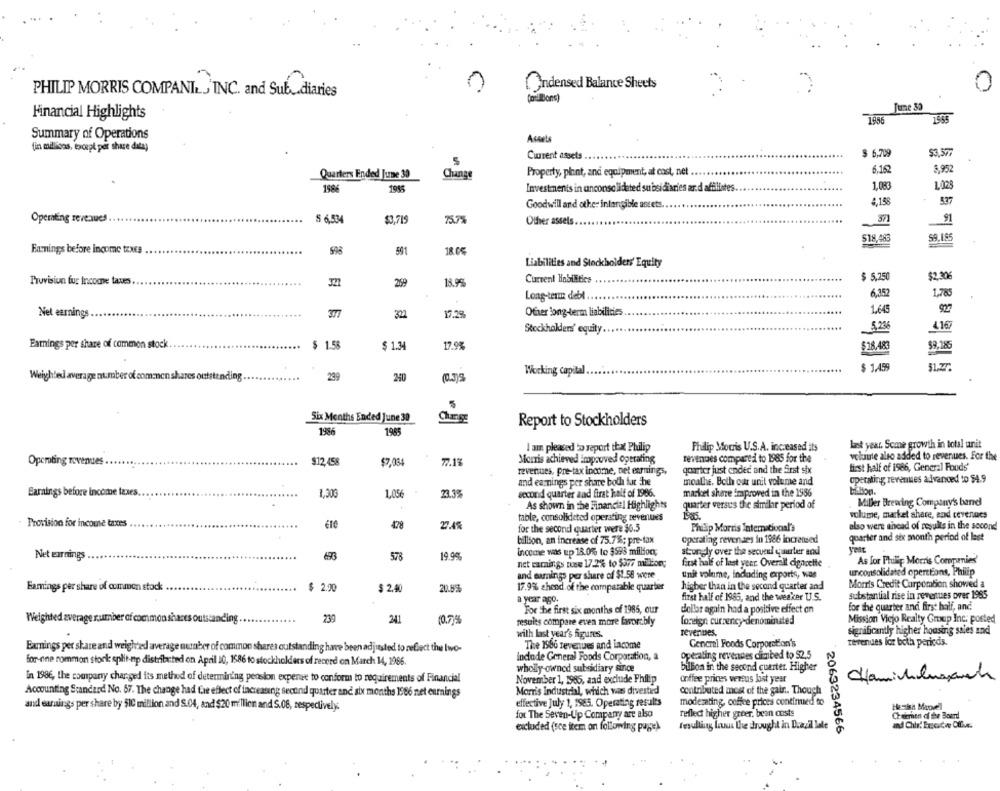
Condensed Balance Sheets
0
PHILIP MORRIS COMPANILJ INC. and Sub diaries
(ori Bons)
June 33
Financial Highlights
1436
1555
Summary of Operations
Aceets
fin millions, except per share datay
Current assets
$ 6.709
Quarters Ended June 30
Change
Property, plant, and equipment, at cost, net
6,162
3,952
158
1985
Investments in unconsolidated subsi diaries ard affiliates.
1.083
1.028
Goodwill and other intangible assets.
8,158
537
Operating revenues .
5 6.534
$3.715
Other assets
37
91
$18,483
59.15
Earnings before income taxes
...
598
591
18.05
Liabilities and Stockholders' Equity
$ 5,250
$2.306
Provision fur Income taxes
321
269
18.95
Current Habilitics
6,352
1,785
Long-term debl
1.645
927
Net earnings.
322
17.2%
Ofrer long-term liabilities
4.167
Stockholders' equity ...
Earnings per share of common stock
....
$ 1.58
$ 1.34
17.9%
$18.48
59.185
Working capital ..
$ 1,455
1.27
Weighted average number of com:non shares outstanding.
239
240
(0.3)%
Six Months Ended June 30
Report to Stockholders
1986
1985
I am pleased to report that Philip
Philip Morris U.S.A. increased its
last year. Some growth in total unit
Morris achieved improved operating
revenues compared to 1985 for the
volute also added to revenues. For the
Operating revenues
$12, 458
$7,034
771%
first half of 1986, General Foods'
revenues, pre-tax income, net earnings,
qourter just ended and the Srst six
and earnings per share both fut the
moathe. Both our unit volume and
operating revenues advanced to $4.9
bisbon.
Earnings before income taxes.
1,30G
1,056
23.3%
second quarter and first half of 1986.
market share improved in the 1986
As shown in the Financial Highlights
quarter versus the similar period of
Miller Brewing Company's band
ra
volume, market share, and cevennes
table, consolideted operating revenues
Provision for incouse taxes
478
for the second quarter were $6.5
Philip Morris International's
also were ahead of results in the second
operating revenses In 1986 increteed
quarter and six month period of last
billion, an increase of 75.7%; pre-tax
696
Income was up 18.0% to $598 million;
strun y over the secuenl qaurter and
Net earnings .
578
19.99
net earnings muse 17.2% to $377 milion;
As for Philip Morris Companies'
first half of last year. Overall cigarette
and earnings per share of $1.58 were
unit volume, indading exports, was
unconsolidated operctions, Philip
higher than in the second quarter and
Morris Credit Corpomtion showed a
Earnings per share of common stock
$ 2.90
$ 2.40
20.8%
17.9% chend. of the comparable quarter
a year ago.
first half of 1985, and the weaker U.S.
substantial rise in revenues over 1985
For the first six months of 1985, our
dollar again had a positive effect on
for the quarter andi first half, and
239
Weighted average number of common shares outstanding . .
241
10.7)4
results compare even more favorably
foreign currency denominated
Mission Viejo Realty Group Inc. posted
with last year's figures.
revenues.
significantly higher housing sales and
Earnings per share and weighted average number of common shares outstanding have been adjusted to reflect the Iwo-
The 1986 revenues and income
General Foods Corporation's
revenues for both periods.
indude General Foods Corporation, a
operating revenues climbed to $2,5
for one common stock split-np distributed on April 10, 1586 to stockholders of record on March 14, 1966.
wholly owned subsidiary since
billion in the second quarter. Higher
In 1986, the company charged its method of determining peoskon expense to conform to requirements of Financial
November 1, 1985, and exclude Philip
onffee prices versus bst year
Chamichlumach
Accounting Standard No. 67. The change had the effect of increasing second quarter and six months 1566 net earnings
Morris Industrial, which was divested
contributed most of the gain .. Though
effective July 1, 1985. Operating results
moderating, coffee prices continued to
and earnings per share by 510 million and S.04, and $20 million and S.08, respectively:
reflect higher greer. bean costs
Hesisn Mapvel
for The Seven-Up Company are also
Chairmen of the Board
excluded (sce item on following page).
fesulling Luws the drought in Duazil lele
2063234566